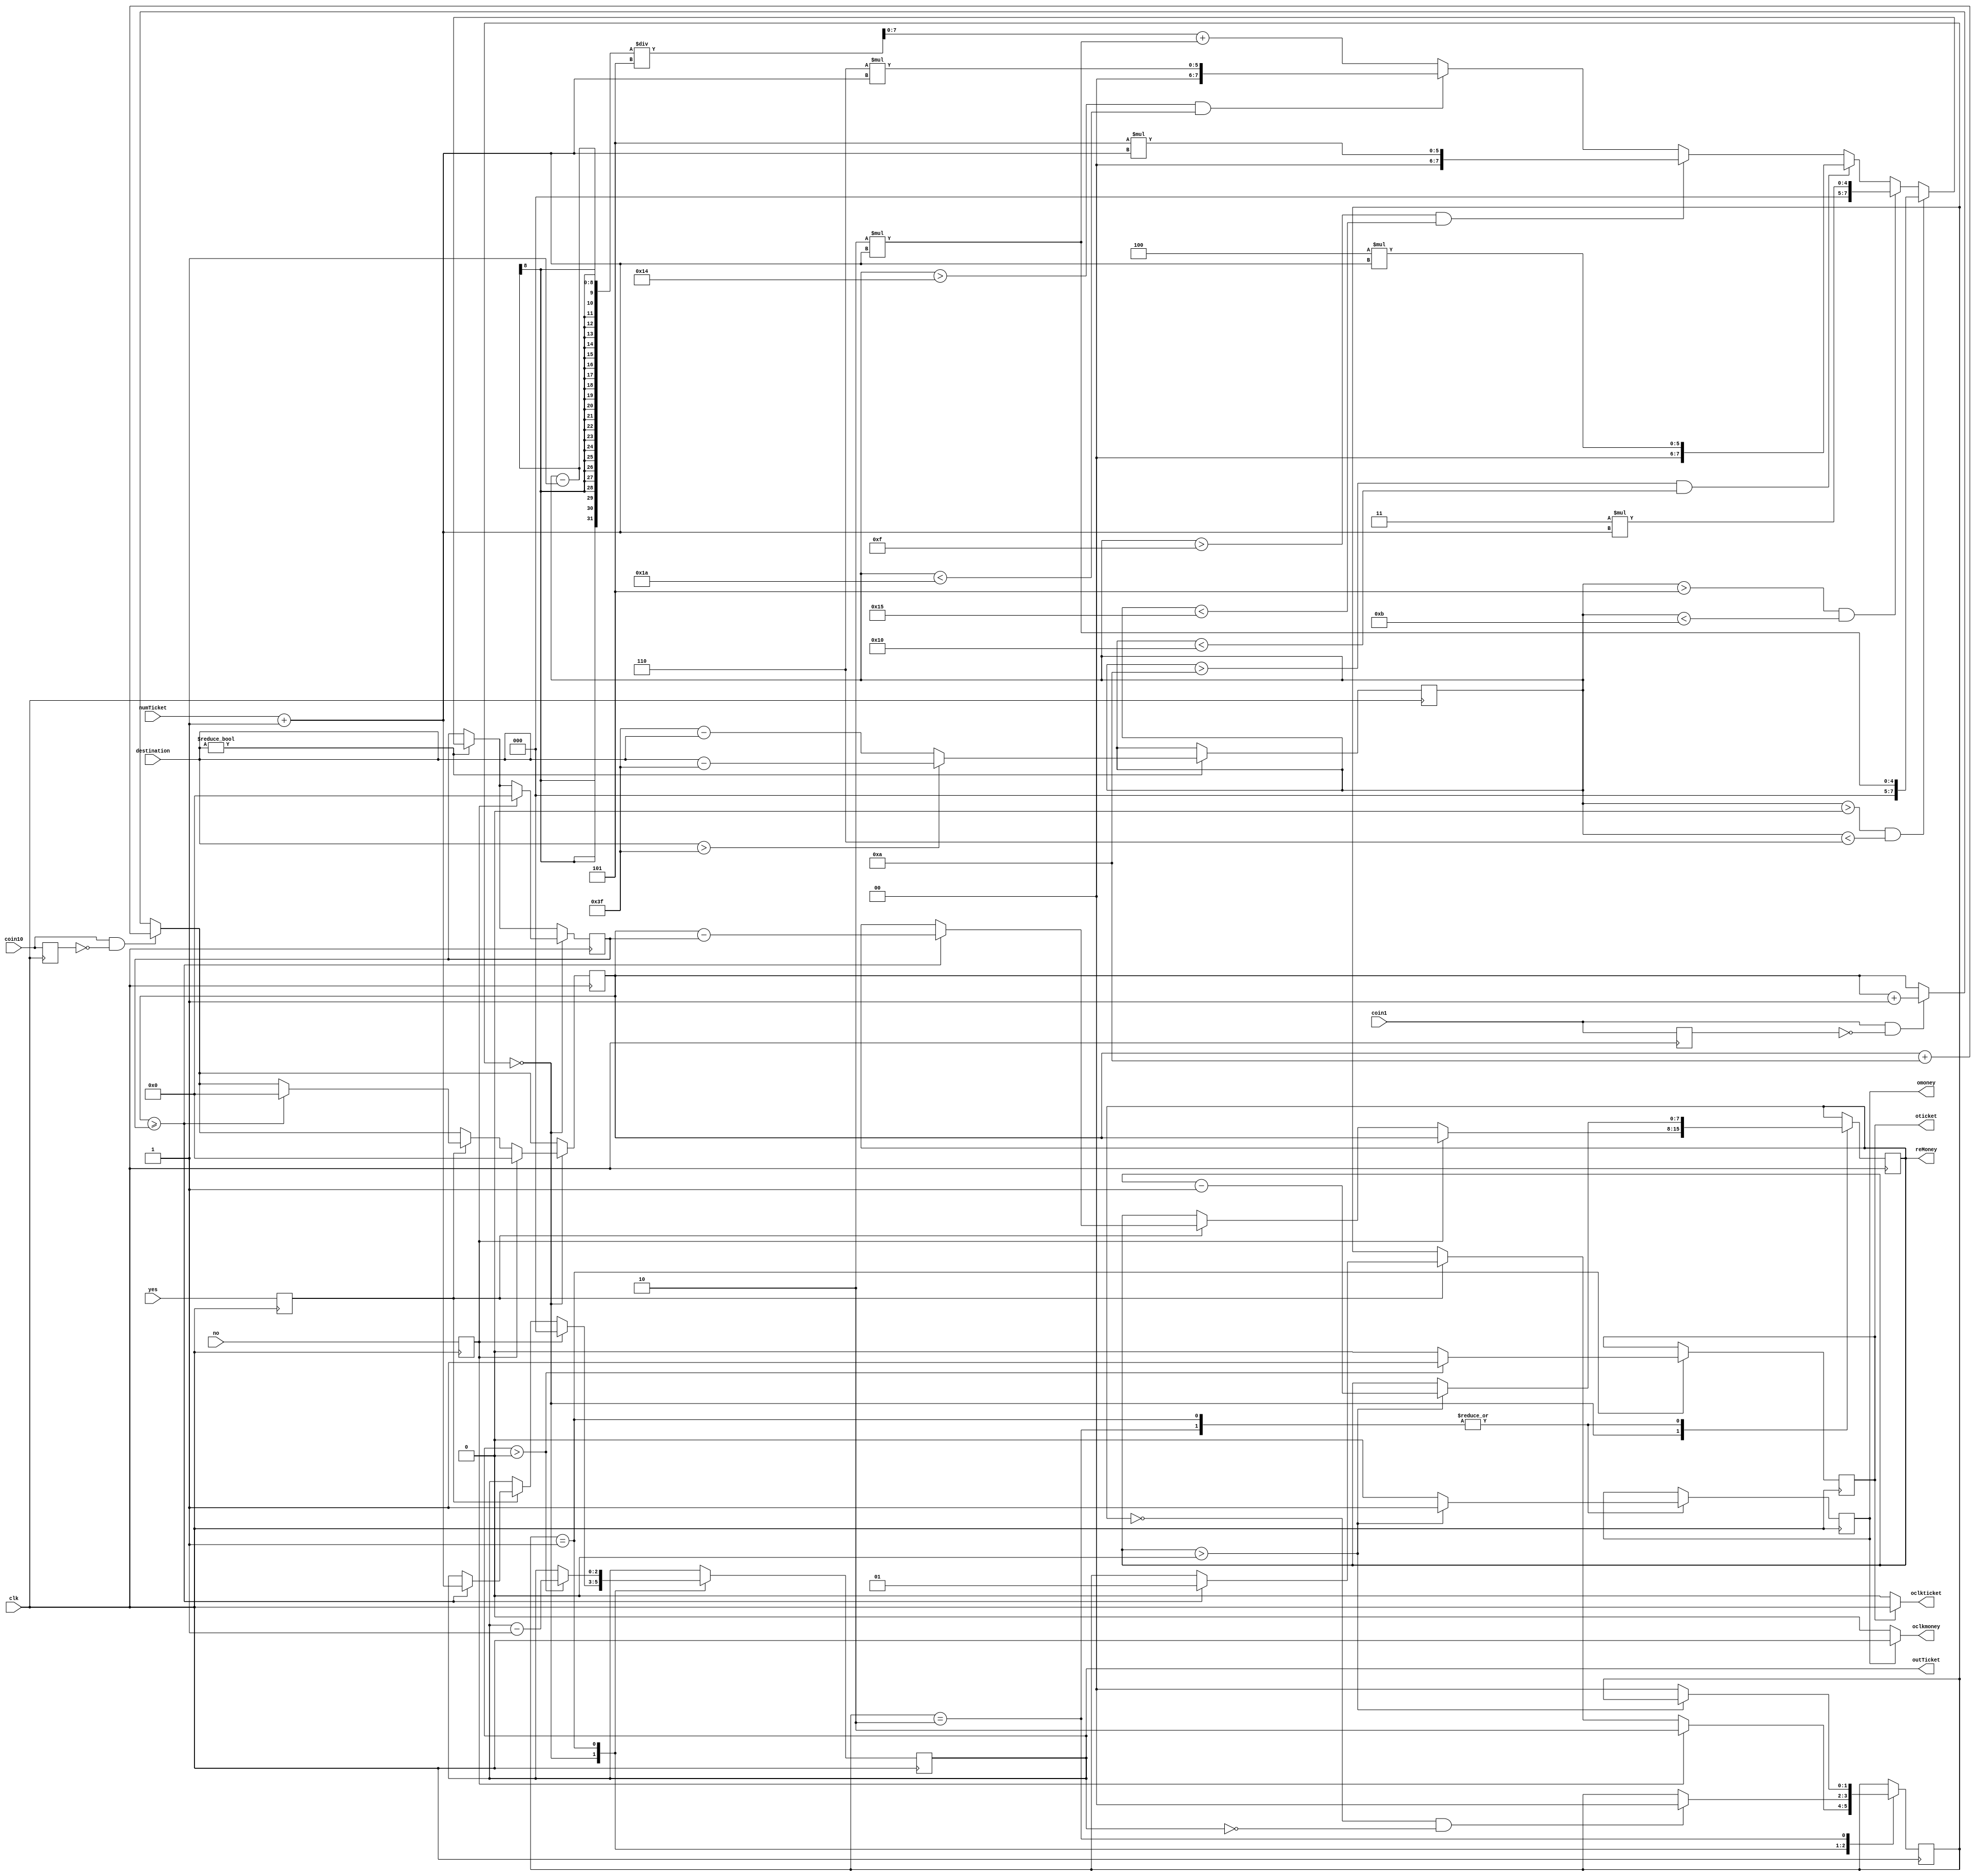
module metro(
input coin1,//
input coin10, //
input clk,//
input yes,//
input no,//
input [1:0] numTicket,//
input [7:0] destination,//

output reg [7:0] reMoney,//
output reg [2:0] outTicket,//
output reg omoney,//
output reg oticket,//
output oclkmoney,//
output oclkticket//
);
parameter action1 = 2'b00;// 1 
parameter action2 = 2'b01;//2 
parameter action3 = 2'b10;//3 
reg [7:0] saveMoney;//
reg [7:0] needMoney;//
wire one_posedge;//1
wire ten_posedge;//10
wire yes_posedge;//
wire no_posedge;//
reg delay_one;//
reg delay_ten;//
reg delay_yes;//
reg delay_no;//
reg [7:0] nowPosition = 8'b00111111;	//
reg [7:0] numStation;//
reg [1:0] action = action1;//
initial
begin
    saveMoney = 1'b0;
	 needMoney = 1'b0;
	 numStation = 1'b0;
	 reMoney = 1'b0;
	 outTicket = 1'b0;
	 omoney = 1'b0;
	 oticket = 1'b0;
	 
end

assign oclkmoney = omoney?clk:0;//
assign oclkticket = oticket?clk:0;//
always@(posedge clk) begin
if(one_posedge)begin//1
		saveMoney <= saveMoney + 8'b00000001;
	end
	if(ten_posedge)begin//
		saveMoney <= saveMoney + 8'b00001010;
	end
	if(destination)begin//
		if(destination>nowPosition)begin
			numStation <= destination - nowPosition;
		end
		else begin
			numStation <= nowPosition - destination;	
		end
		if(numStation>0&&numStation<6'b000110)begin//52
			needMoney <= 2*(numTicket+1);
		end
		else if (numStation>6'b000101&&numStation<6'b001011) begin//103
			needMoney <= 3*(numTicket+1);
		end
		else if (numStation>6'b001010&&numStation<6'b010000) begin//154
			needMoney <= 4*(numTicket+1);
		end
		else if (numStation>6'b001111&&numStation<6'b010101) begin//205
			needMoney <= 5*(numTicket+1);
		end
		else if (numStation>6'b010100&&numStation<6'b011010) begin//256
			needMoney <= 6*(numTicket+1);
		end
		else begin
			needMoney <= (numStation-1)/5+2*(numTicket+1);
			end
	end
	case(action)
	action1: begin//1 
		if(delay_yes)begin
			if(saveMoney >= needMoney)begin//
				reMoney <= saveMoney - needMoney;//
				outTicket <= numTicket+1;//
				saveMoney <= 1'b0;//
				action <= action2;//2
			end
		end
		if(delay_no)begin//
			reMoney <= saveMoney;//
			saveMoney <= 0;//
			needMoney <= 0;
			outTicket <= 0;
			action <= action3;//3
		end 
	end
	action2: begin//2
		if(reMoney==0&&outTicket==0)begin//1
			action = action1;
		end
		if(reMoney>0)begin
			reMoney <= reMoney -1;
			omoney <= 1;
		end
		else begin
			omoney <= 0;
		end
		if(outTicket>0)begin
			outTicket <= outTicket -1;
			oticket = 1;
		end
		else begin
			oticket <= 0;
		end
	end
	action3: begin//3 
		if(reMoney>0)begin
			reMoney <= reMoney -1;
			omoney <= 1;
		end
		else begin
			omoney <= 0;
			action = action1;//1
		end
	end
	endcase
	
	
		
		 
		 
		
//		 if(coin1)begin
//			  saveMoney = saveMoney + 1'b1;
//		 end
//		 if(coin10)begin
//			  saveMoney = saveMoney + 4'b1010;
//		 end
		 
		 


end
//
always@(posedge clk)
begin
//
	delay_one <= coin1;
	delay_ten <= coin10;
	delay_yes <= yes;
	delay_no <= no;
end
//
assign one_posedge = coin1 & (~delay_one);
assign ten_posedge = coin10 & (~delay_ten);
assign yes_posedge = yes & (~delay_yes);
assign no_posedge = no & (~delay_no);

endmodule